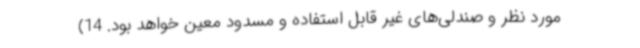
مورد نظر و صندلی‌های غیر قابل استفاده و مسدود معین خواهد بود. 14)